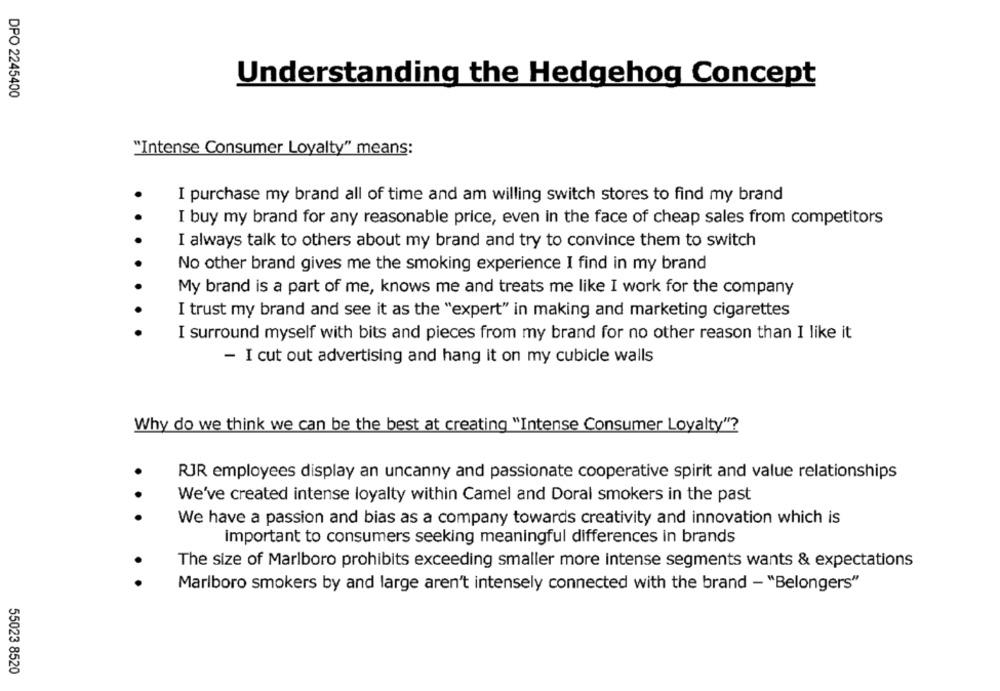
Understanding the Hedgehog Concept
DPO 2245400
"Intense Consumer Loyalty" means:
I purchase my brand all of time and am willing switch stores to find my brand
.
I buy my brand for any reasonable price, even in the face of cheap sales from competitors
I always talk to others about my brand and try to convince them to switch
No other brand gives me the smoking experience I find in my brand
My brand is a part of me, knows me and treats me like I work for the company
I trust my brand and see it as the "expert" in making and marketing cigarettes
I surround myself with bits and pieces from my brand for no other reason than I like it
- I cut out advertising and hang it on my cubicle walls
Why do we think we can be the best at creating "Intense Consumer Loyalty"?
RJR employees display an uncanny and passionate cooperative spirit and value relationships
We've created intense loyalty within Camel and Doral smokers in the past
· · ·
We have a passion and bias as a company towards creativity and innovation which is
important to consumers seeking meaningful differences in brands
The size of Marlboro prohibits exceeding smaller more intense segments wants & expectations
.
Marlboro smokers by and large aren't intensely connected with the brand - "Belongers"
55023 8520